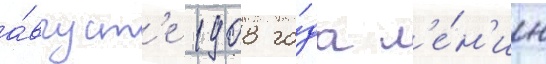
а́вгуст'е 1908 го́да л'е́н'ин